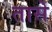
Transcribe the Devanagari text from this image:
तासे